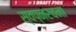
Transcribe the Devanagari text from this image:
स्वप्नरचना